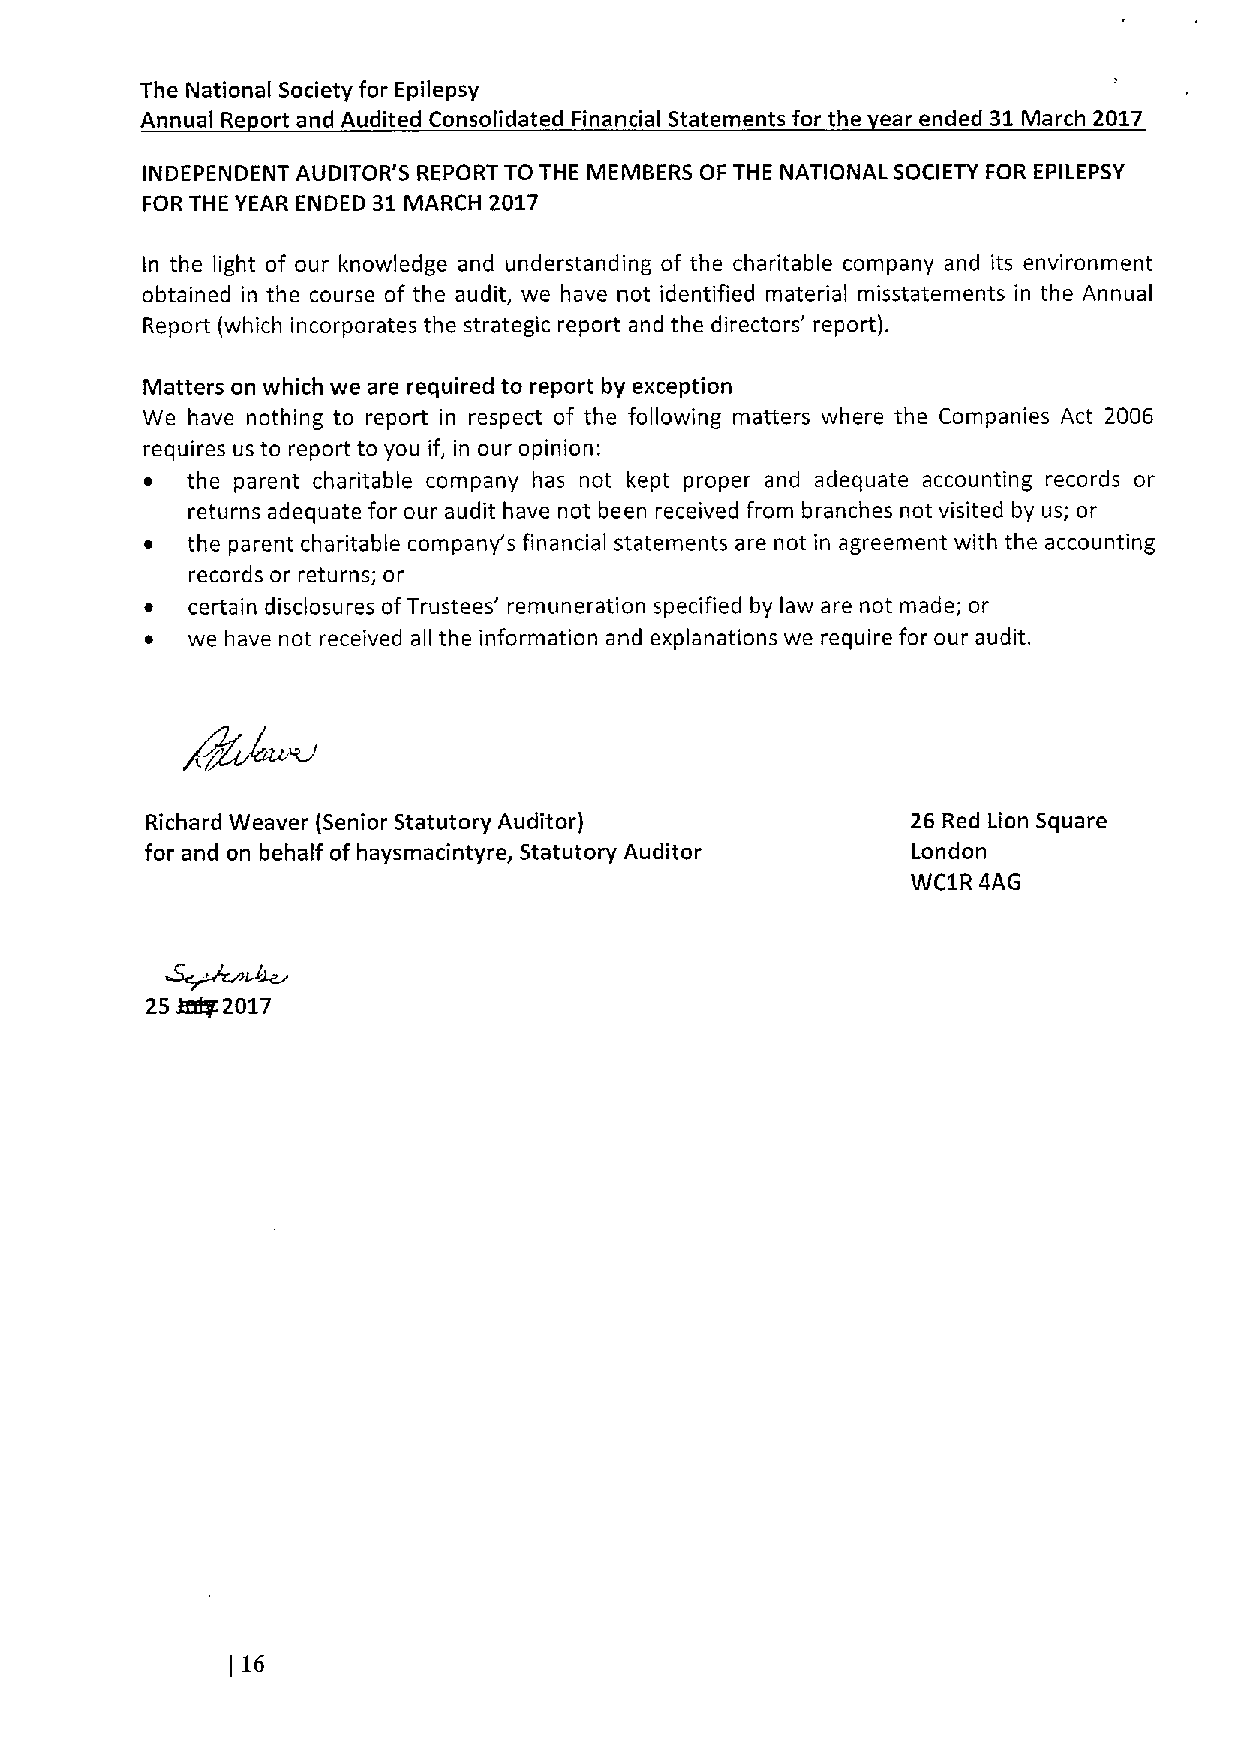
The National Society for Epilepsy
 Annual Re ort and Audited Consolidated Financial Statements for the ear ended 31March 2017
 INDEPENDENT AUDITOR'S REPORT TO THE MEMBERS OF THE NATIONAL SOCIETY FOR EPILEPSY
 FOR THE YEAR ENDED 31MARCH 2017
 In the light of our knowledge and understanding of the charitable company and its environment
 obtained in the course of the audit, we have not identified material misstatements in the Annual
 Report (which incorporates the strategic report and the directors' report).
 Matters on which we are required to report by exception
 We have nothing to report in respect of the following matters where the Companies Act 2006
 requires us to report to you if, in our opinion:
 ~ the parent charitable company has not kept proper and adequate accounting records or
 returns adequate for our audit have not been received from branches not visited by us; or
 ~ the parent charitable company's financial statements are not in agreement with the accounting
 records or returns; or
 ~ certain disclosures ofTrustees' remuneration specified by law are not made; or
 ~ we have not received all the information and explanations we require for our audit.
 Richard Weaver (Senior Statutory Auditor)         26 Red Lion Square
 for and on behalf of haysmacintyre, Statutory Auditor London
 WC1R 4AG
 ~2017
 25